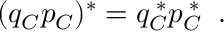
( q _ { \cal C } p _ { \cal C } ) ^ { * } = q _ { \cal C } ^ { \; * } p _ { \cal C } ^ { \; * } \; \; .